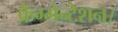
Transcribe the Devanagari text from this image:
फ्रैग्मेन्टेशन।